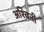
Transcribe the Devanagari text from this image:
अश्‍विनी